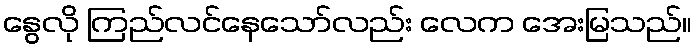
နွေလို ကြည်လင်နေသော်လည်း လေက အေးမြသည်။